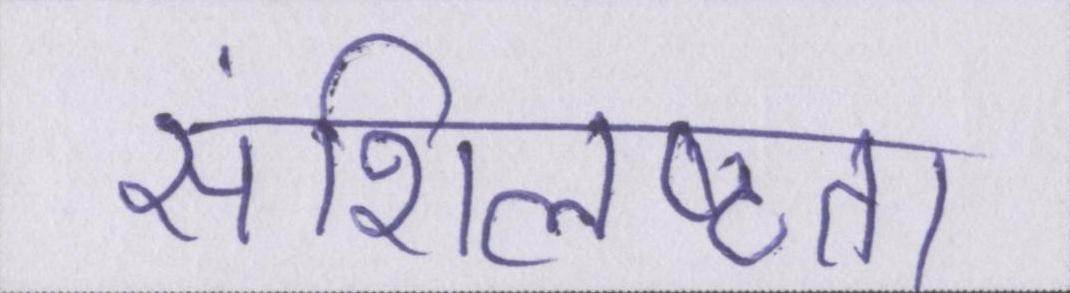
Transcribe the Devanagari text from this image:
संशिलष्टता